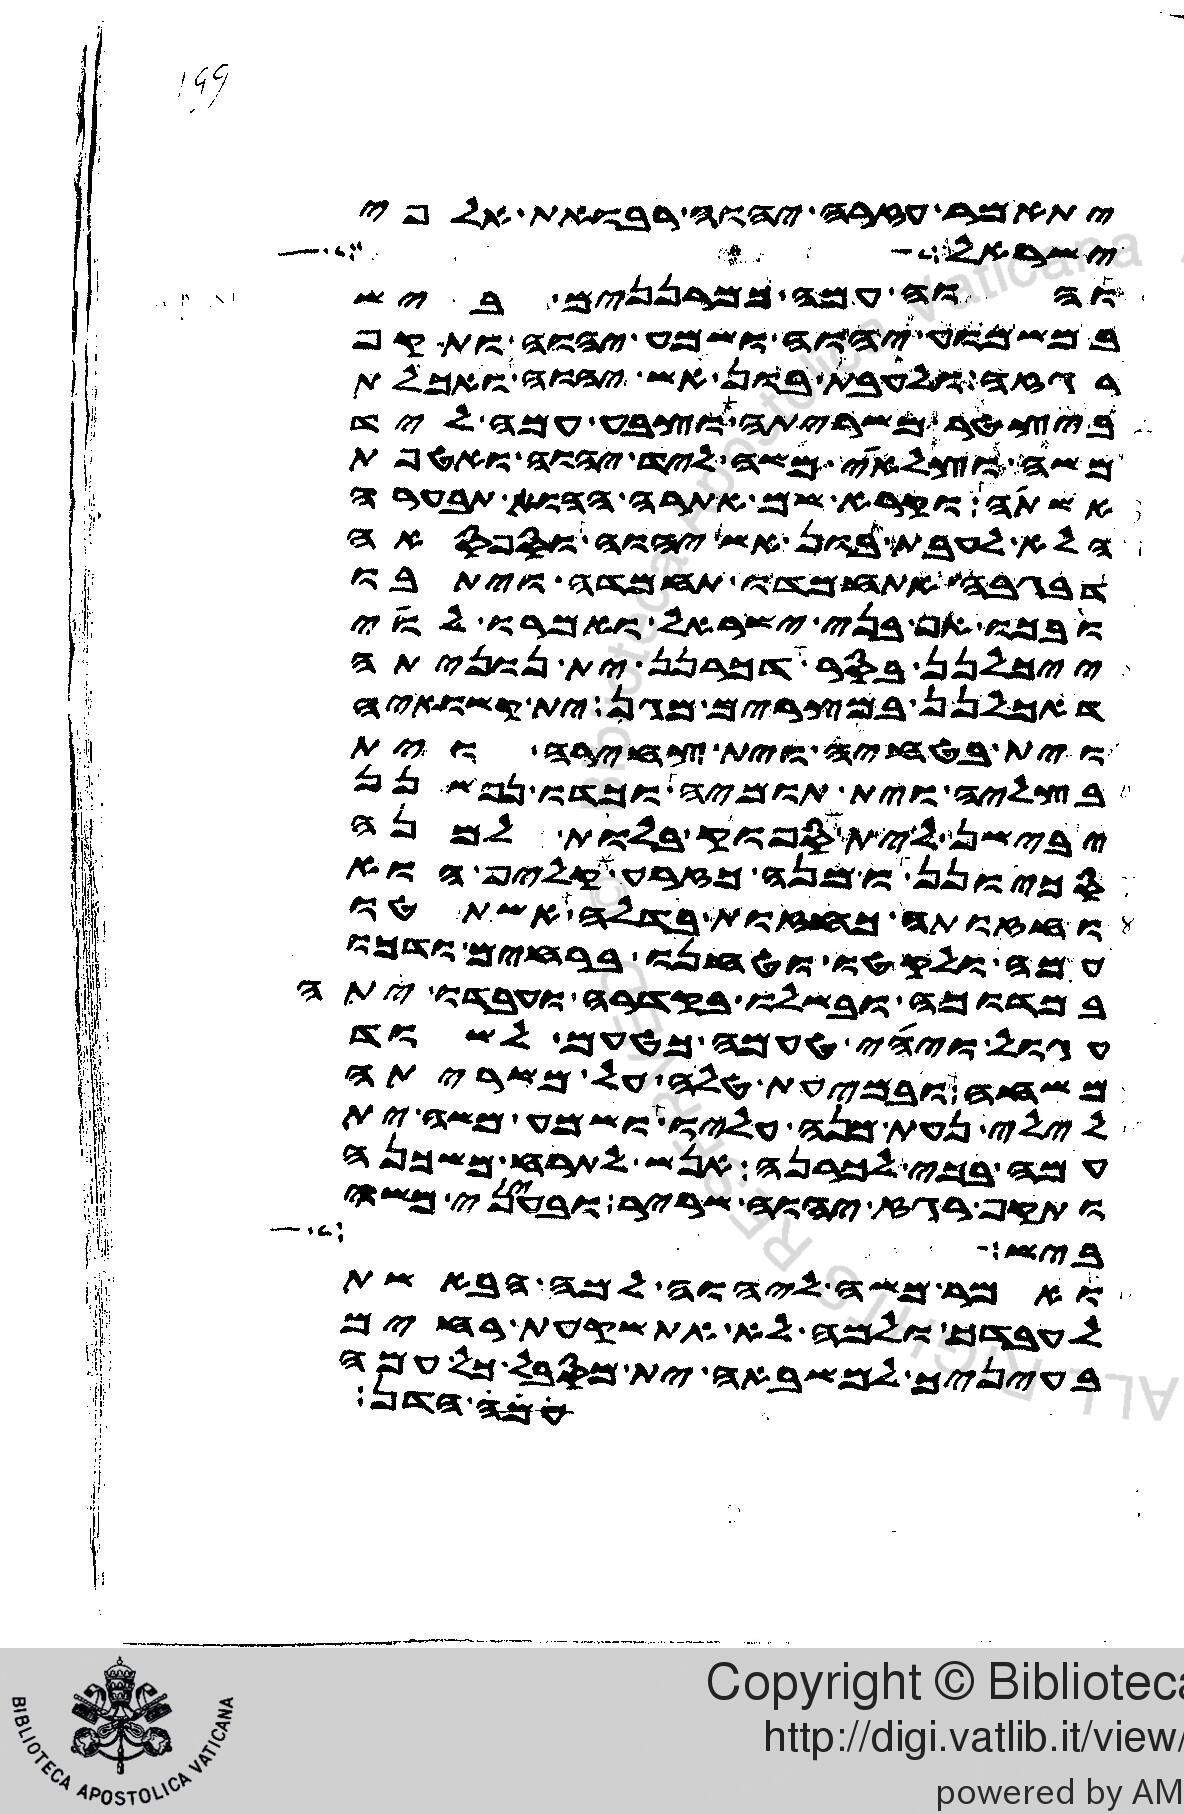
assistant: יתאמר עזרה יהוה רבואת אלפי
ישראל ושלח
והוה עמה כמרננים ביש
במשמוע יהוה ושמע יהוה ותקף
רגזה ולעבת בון אש יהוה ואכלת
ביצטר משריתה וצבע עמה ליד
משה וצלאי משה ליד יהוה ואטפת
אשתה וקרא שם אתרה ההוא אבערה
הלא לעבת בון אש יהוה וספסאה
דבגבה אתחמדו תחמדה ויתבו
ובכו אף בני ישראל ואמרו לוי
ייכלנן בסר דכרנן ית נוניתה
דאכלנן במצרים מגן ית קשואיה
וית בטחיה וית צחירה וית
בצליה וית תומיה וכדו נפשנן
יבישן לית ספוק בלות למנה
סכיונן ומנה כזרע קליף הוא
וחזותה כחזות בדלה אשתטו
עמה ולקטו וטחנו ברחים ודכו
במדוכה ובשלו בקדרה ועבדו יתה
עגול ויהי טעמה כטעם לשוד
משחה ובמעית טלה על משריתה
לילי נעת מנה עליו ושמע משה ית
עמה בכי לכרנה אנש לתרח משכנה
ותקף רגז יהוה שריר ובעיני משה
ביש
ואמר משה ליהוה למה הבאשת
לעבדך ולמה לא אשקעת רחים
בעיניך למשבאה ית מסבל כל עמה
עמה הדן